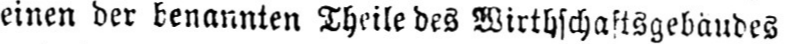
einen der benannten Theile des Wirtschaftsgebäudes